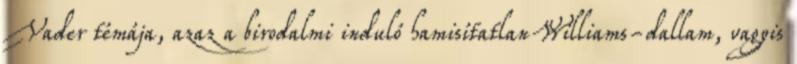
Vader témája, azaz a birodalmi induló hamisítatlan Williams-dallam, vagyis